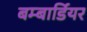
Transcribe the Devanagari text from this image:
बम्बार्डियर